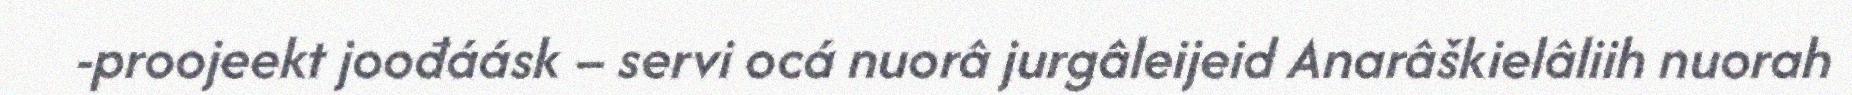
-proojeekt joođáásk – servi ocá nuorâ jurgâleijeid Anarâškielâliih nuorah